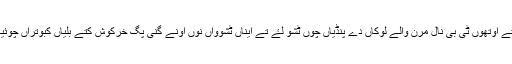
اوہ برلن دے کئی ہسپتالاں چ گیا تے اوتھوں ٹی بی نال مرن والے لوکاں دے پنڈیاں چوں ٹشو لۓ تے ایناں ٹشوواں نوں اونے گنی پگ خرکوش کتے بلیاں کبوتراں چوئیاں تے مارموٹ دے پنڈیاں چ پایا۔